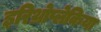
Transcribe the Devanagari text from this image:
इरिथ्रोप्लेकिया